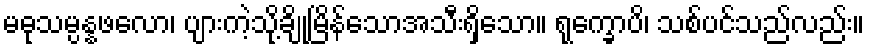
မဓုသမ္ပန္နဖလော၊ ပျားကဲ့သို့ချိုမြိန်သောအသီးရှိသော။ ရုက္ခောပိ၊ သစ်ပင်သည်လည်း။